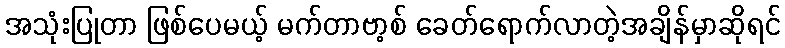
အသုံးပြုတာ ဖြစ်ပေမယ့် မက်တာဗာ့စ် ခေတ်ရောက်လာတဲ့အချိန်မှာဆိုရင်